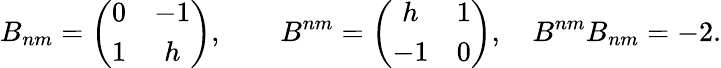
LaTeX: B_{nm}=\left(\begin{array}{cc}{{0}}&{{-1}}\\ {{1}}&{{h}}\end{array}\right),\qquad B^{nm}=\left(\begin{array}{cc}{{h}}&{{1}}\\ {{-1}}&{{0}}\end{array}\right),\quad B^{nm}B_{nm}=-2.